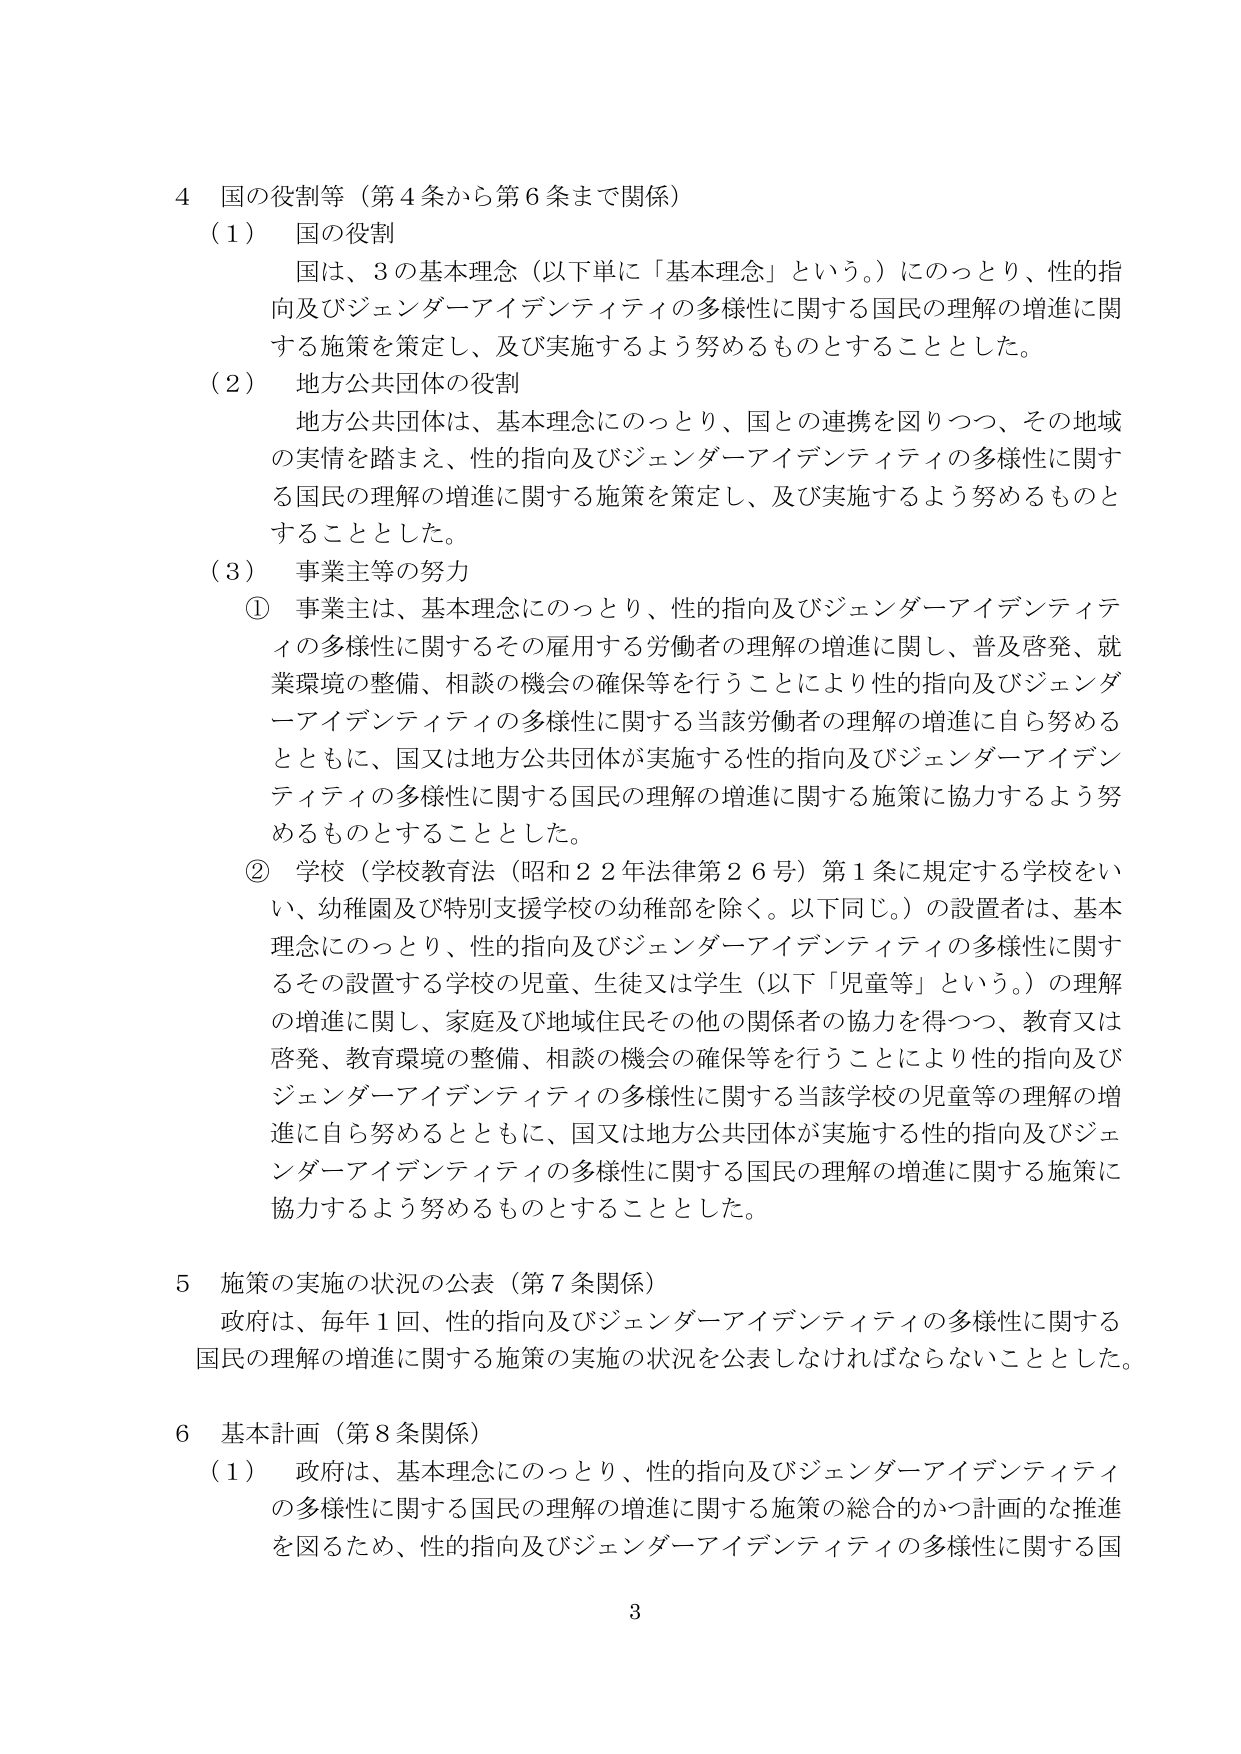
4 国の役割等（第4条から第6条まで関係）
（1） 国の役割
　国は、3の基本理念（以下単に「基本理念」という。）にのっとり、性的指向及びジェンダーイデンティティの多様性に関する国民の理解の増進に関する施策を策定し、及び実施するよう努めるものとすることとした。
（2） 地方公共団体の役割
　地方公共団体は、基本理念にのっとり、国との連携を図りつつ、その地域の実情を踏まえ、性的指向及びジェンダーイデンティティの多様性に関する国民の理解の増進に関する施策を策定し、及び実施するよう努めるものとすることとした。
（3） 事業主等の努力
　① 事業主は、基本理念にのっとり、性的指向及びジェンダーイデンティティの多様性に関するその雇用する労働者の理解の増進に関し、普及啓発、就業環境の整備、相談の機会の確保等を行うことにより性的指向及びジェンダーイデンティティの多様性に関する当該労働者の理解の増進に自ら努めるとともに、国又は地方公共団体が実施する性的指向及びジェンダーイデンティティの多様性に関する国民の理解の増進に関する施策に協力するよう努めるものとすることとした。
　② 学校（学校教育法（昭和22年法律第26号）第1条に規定する学校をいい、幼稚園及び特別支援学校の幼稚部を除く。以下同じ。）の設置者は、基本理念にのっとり、性的指向及びジェンダーイデンティティの多様性に関するその設置する学校の児童、生徒又は学生（以下「児童等」という。）の理解の増進に関し、家庭及び地域住民その他の関係者の協力を得つつ、教育又は啓発、教育環境の整備、相談の機会の確保等を行うことにより性的指向及びジェンダーイデンティティの多様性に関する当該学校の児童等の理解の増進に自ら努めるとともに、国又は地方公共団体が実施する性的指向及びジェンダーイデンティティの多様性に関する国民の理解の増進に関する施策に協力するよう努めるものとすることとした。
5 施策の実施の状況の公表（第7条関係）
　政府は、毎年1回、性的指向及びジェンダーイデンティティの多様性に関する国民の理解の増進に関する施策の実施の状況を公表しなければならないこととした。
6 基本計画（第8条関係）
（1） 政府は、基本理念にのっとり、性的指向及びジェンダーイデンティティの多様性に関する国民の理解の増進に関する施策の総合的かつ計画的な推進を図るため、性的指向及びジェンダーイデンティティの多様性に関する国
3